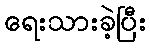
ရေးသားခဲ့ပြီး